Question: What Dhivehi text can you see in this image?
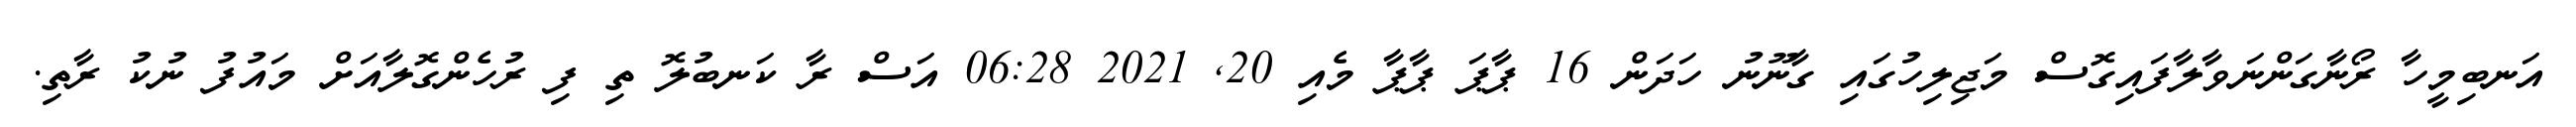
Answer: އަނބިމީހާ ރޯނާގަންނަވާލާފައިގޮސް މަޖިލިހުގައި ގާނޫނު ހަދަން 16 ޕާޕަ ޕާޕާ މެއި 20, 2021 06:28 އަސް ރާ ކަނބުލޮ ތި ފި ރުހެންގޮލާއަށް މައުފު ނުކު ރާތި.